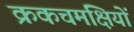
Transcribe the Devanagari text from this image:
क्रकचमक्षियों